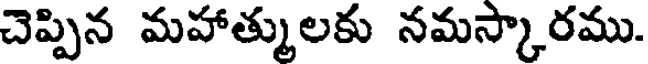
చెప్పిన మహాత్ములకు నమస్కారము.